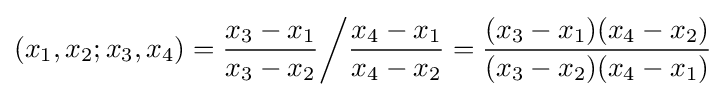
(x_{1},x_{2};x_{3},x_{4})={\frac {x_{3}-x_{1}}{x_{3}-x_{2}}}{\bigg /}{\frac {x_{4}-x_{1}}{x_{4}-x_{2}}}={\frac {(x_{3}-x_{1})(x_{4}-x_{2})}{(x_{3}-x_{2})(x_{4}-x_{1})}}